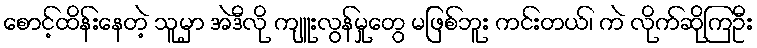
စောင့်ထိန်းနေတဲ့ သူမှာ အဲဒီလို ကျူးလွန်မှုတွေ မဖြစ်ဘူး ကင်းတယ်၊ ကဲ လိုက်ဆိုကြဦး